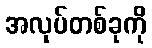
အလုပ်တစ်ခုကို